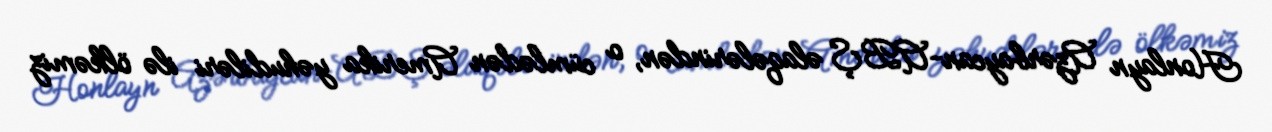
Honlayn Azərbaycan-ABŞ əlaqələrindən, o cümlədən Amerika yəhudiləri ilə ölkəmiz